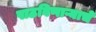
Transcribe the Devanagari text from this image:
पाठविणाऱ्याचे